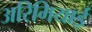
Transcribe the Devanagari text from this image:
अरिमियाई